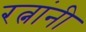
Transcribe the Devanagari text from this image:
रत्नांनी